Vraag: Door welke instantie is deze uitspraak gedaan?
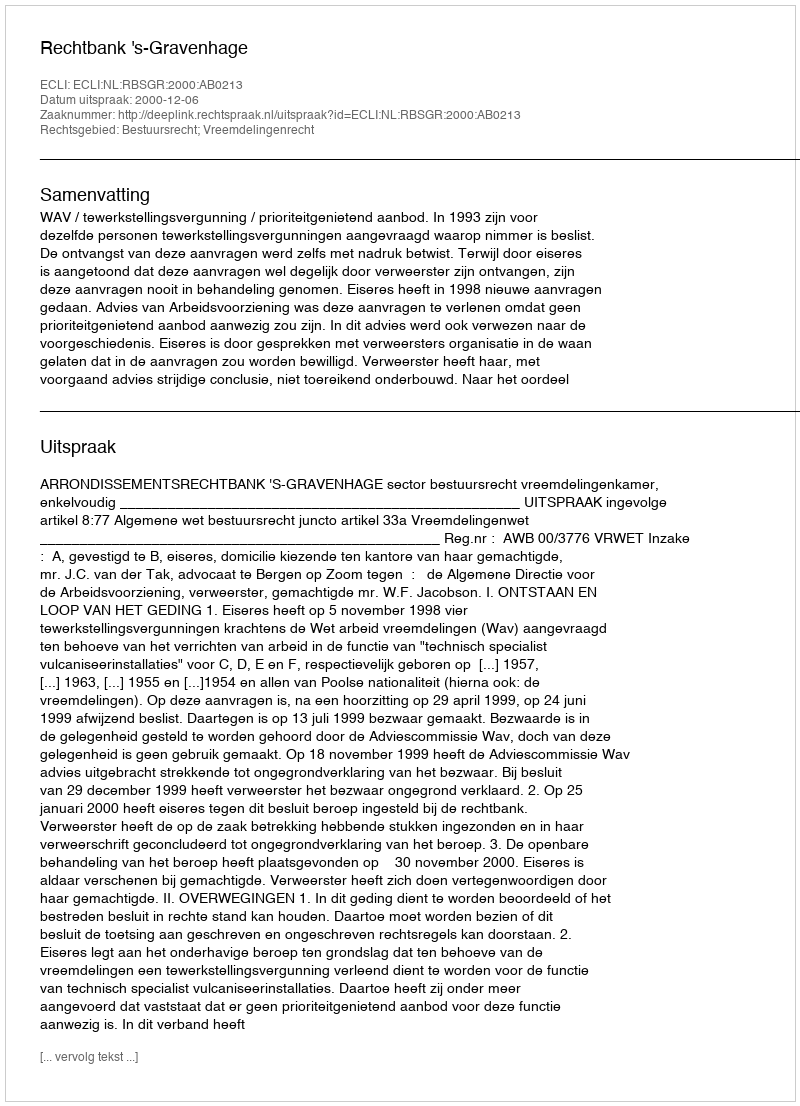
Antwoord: Rechtbank 's-Gravenhage